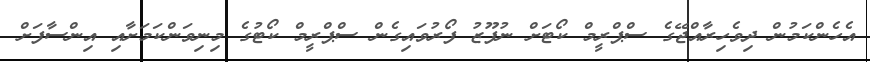
އެހެންކަމުން ދިވެހިރާއްޖޭގެ ސްޕްރީމް ކޯޓަށް ނުފޫޒު ފޯރުވައިގެން ސްޕްރީމް ކޯޓުގެ މިނިވަންކަމަށާއި އިންސާފަށް